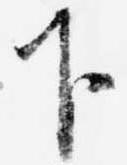
下